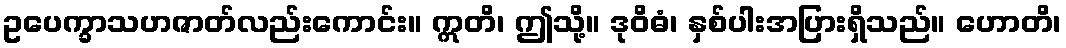
ဥပေက္ခာသဟဇာတ်လည်းကောင်း။ ဣတိ၊ ဤသို့။ ဒုဝိဓံ၊ နှစ်ပါးအပြားရှိသည်။ ဟောတိ၊